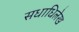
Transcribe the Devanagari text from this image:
सधाधिलेख